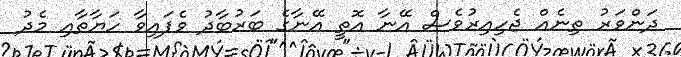
ދަންވަރު ތިނެއް ޖެހިއިރުވެސް އޭނާ އޮތީ އޭނާގެ ބަރުބާދު ވެފައިވާ ހަޔާތާއި މެދު